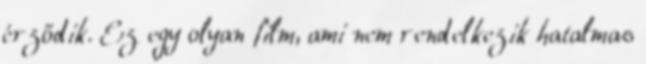
érződik. Ez egy olyan film, ami nem rendelkezik hatalmas